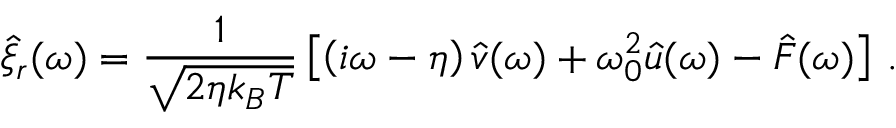
\hat { \xi } _ { r } ( \omega ) = \frac { 1 } { \sqrt { 2 \eta k _ { B } T } } \left[ \left( i \omega - \eta \right) \hat { v } ( \omega ) + \omega _ { 0 } ^ { 2 } \hat { u } ( \omega ) - \hat { F } ( \omega ) \right] \, .